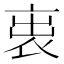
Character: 𧙉